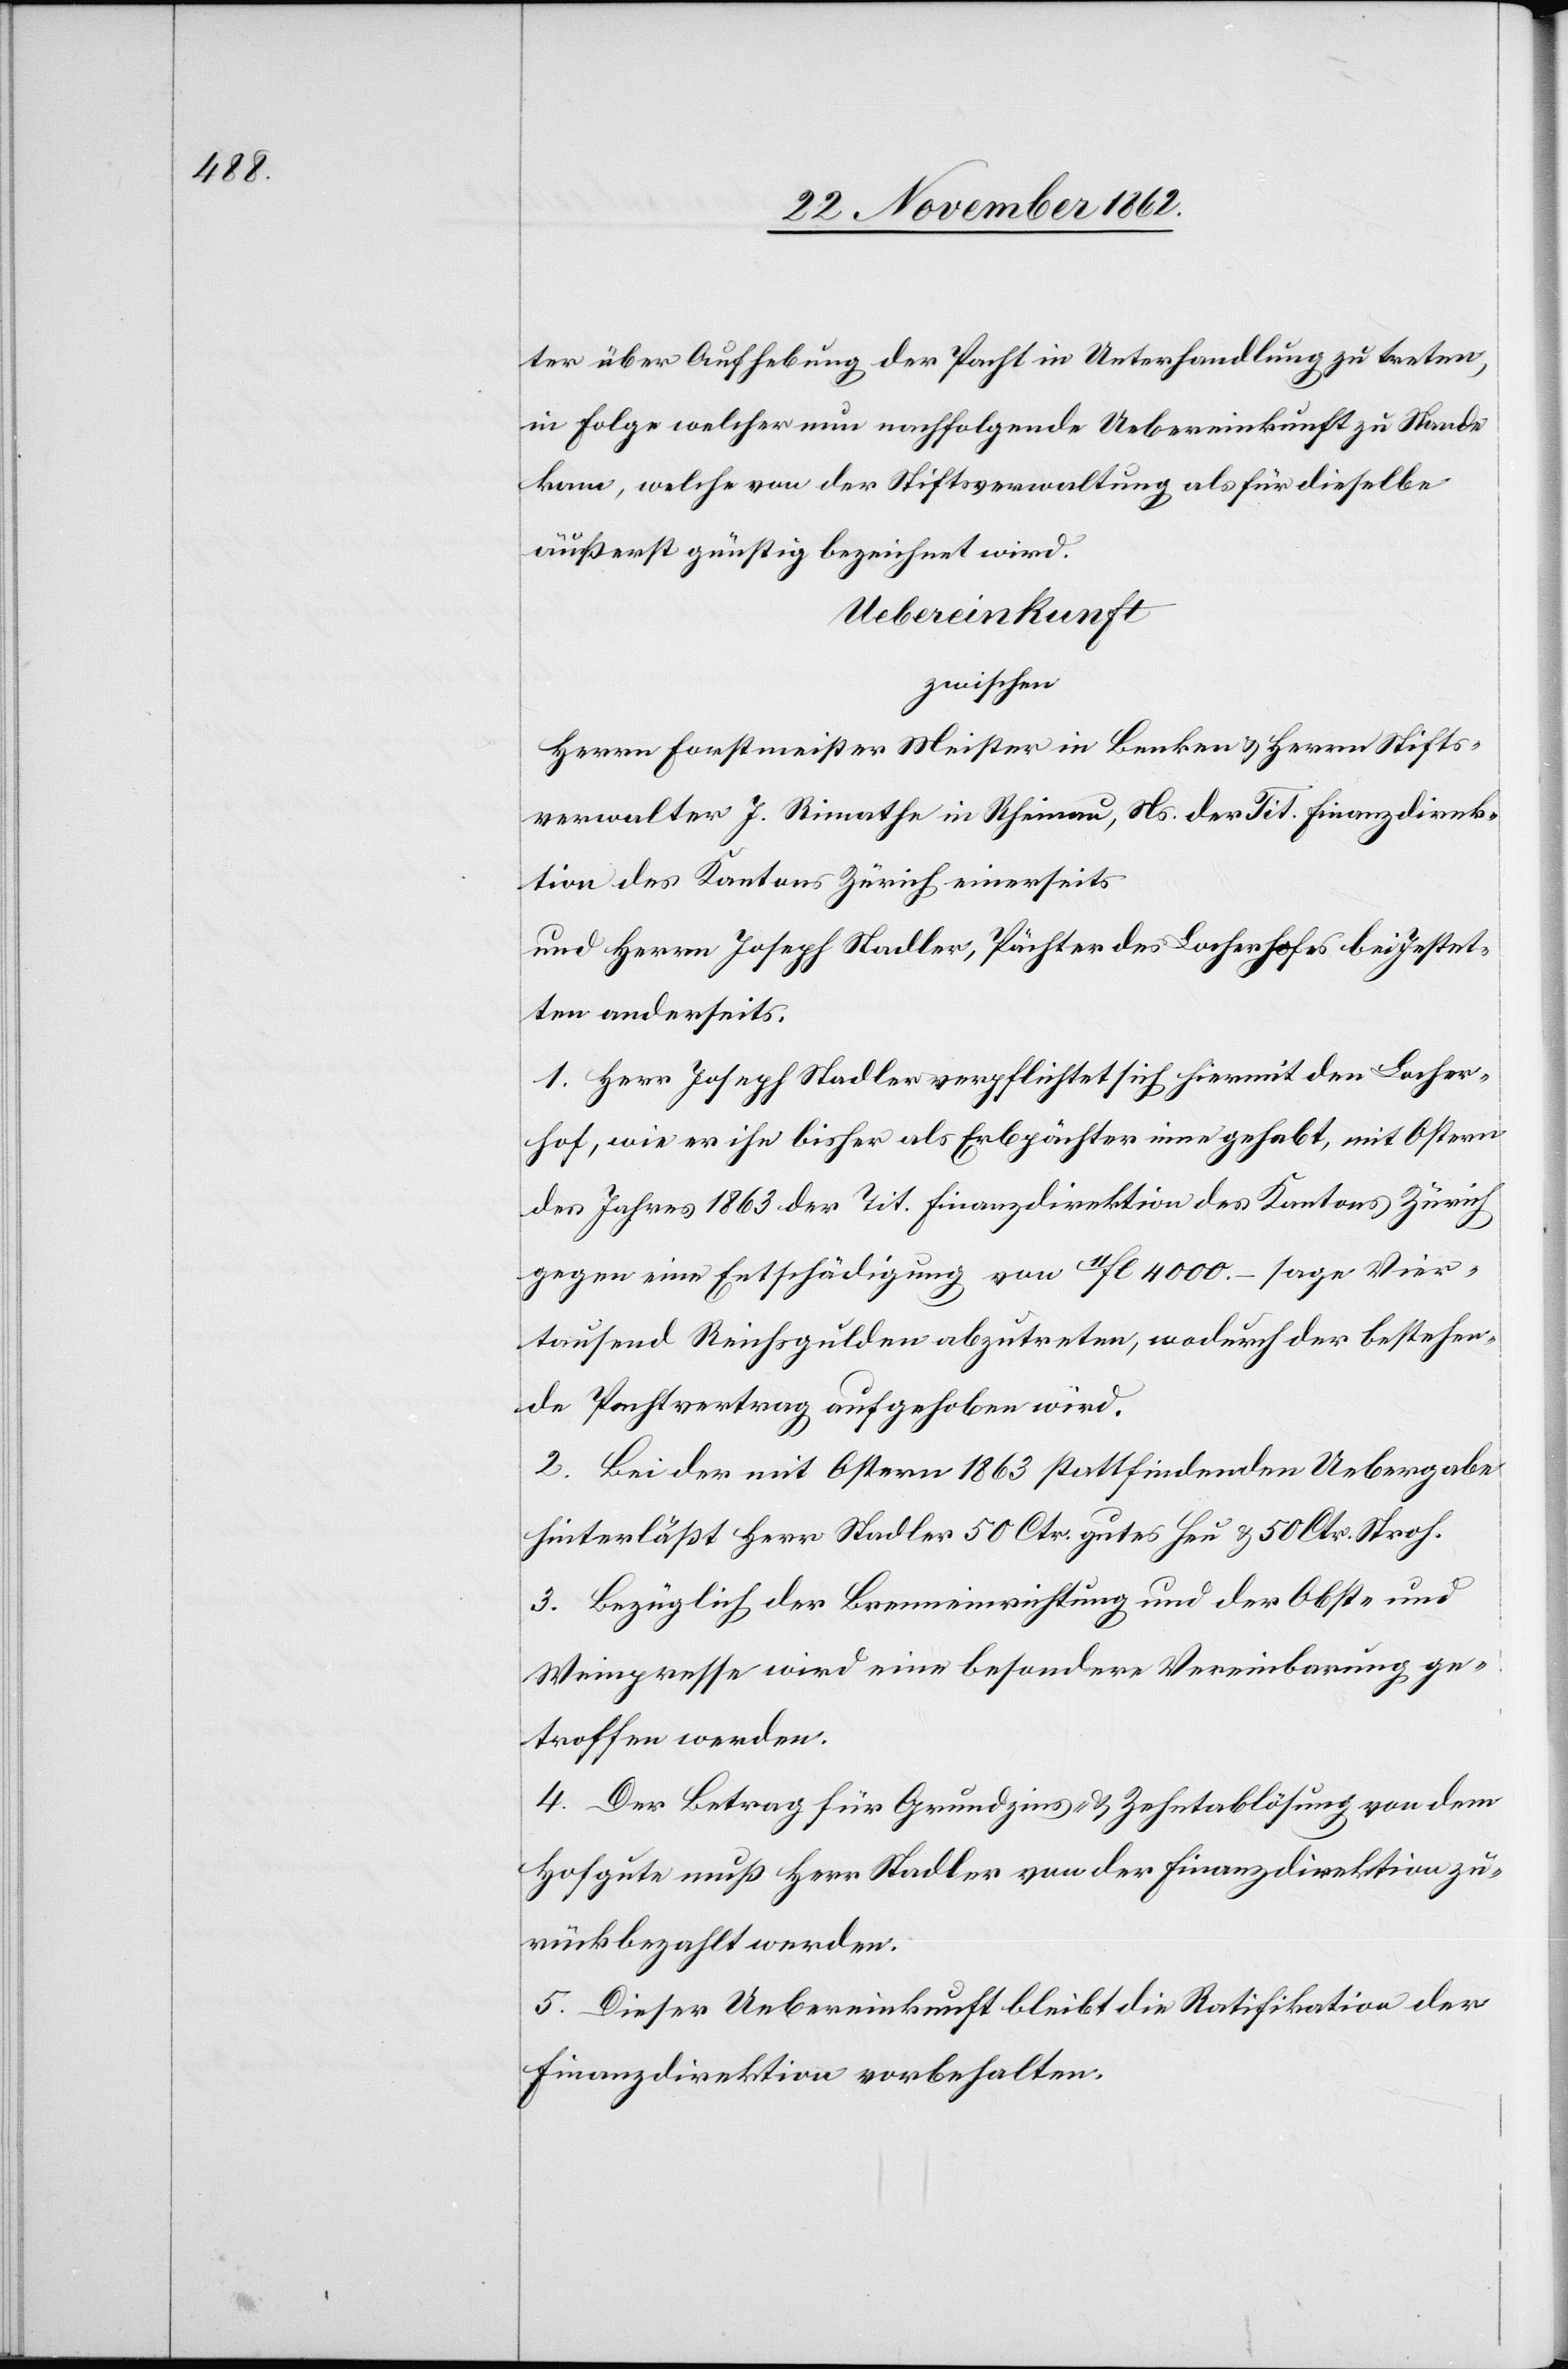
ter über Aufhebung der Pacht in Unterhandlung zu treten,
in Folge welcher nun nachfolgende Uebereinkunft zu Stande
kam, welche von der Stiftsverwaltung als für dieselbe
äußerst günstig bezeichnet wird.
Uebereinkunft
zwischen
Herrn Forstmeister Meister in Benken u. Herrn Stifts¬
verwalter J. Rimathe in Rheinau, Ns. der Tit. Finanzdirek¬
tion des Kantons Zürich einerseits
und Herrn Joseph Stadler, Pächter des Locherhofes bei Jestet¬
ten anderseits.
1. Herr Joseph Stadler verpflichtet sich hiermit den Locher¬
hof, wie er ihn bisher als Erbpächter inne gehabt, mit Ostern
des Jahres 1863 der Tit. Finanzdirektion des Kantons Zürich
gegen eine Entschädigung von 11fl. 4000 – sage Vier¬
tausend Reichsgulden abzutreten, wodurch der bestehen¬
de Pachtvertrag aufgehoben wird.
2. Bei der mit Ostern 1863 stattfindenden Uebergabe
hinterläßt Herr Stadler 50 Ctr. gutes Heu u. 50 Ctr. Stroh.
3. Bezüglich der Brenneinrichtung und der Obst- und
Weinpresse wird eine besondere Vereinbarung ge¬
troffen werden.
4. Der Betrag für Grundzins- u. Zehntablösung von dem
Hofgute muß Herr Stadler von der Finanzdirektion zu¬
rückbezahlt werden.
5. Dieser Uebereinkunft bleibt die Ratifikation der
Finanzdirektion vorbehalten.